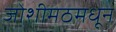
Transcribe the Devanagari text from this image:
जोशीमठमधून